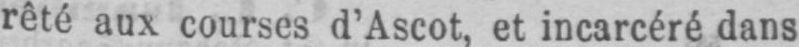
rêté aux courses d’Ascot, et incarcéré dans